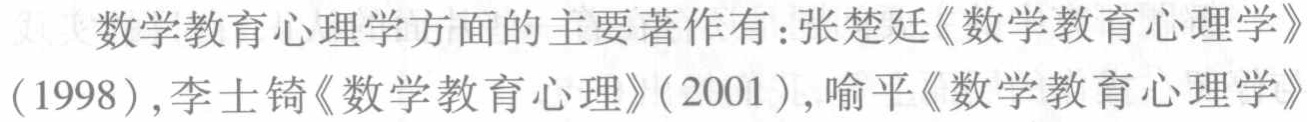
数学教育心理学方面的主要著作有：张楚廷《数学教育心理学》（1998）,李士锜《数学教育心理》（2001）,喻平《数学教育心理学》